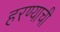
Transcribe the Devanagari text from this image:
हरण्याची